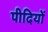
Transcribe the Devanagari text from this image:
पीदियों